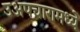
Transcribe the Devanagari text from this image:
उअपचारामध्ये